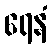
ရေနံ